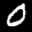
Label: 0